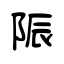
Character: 陙